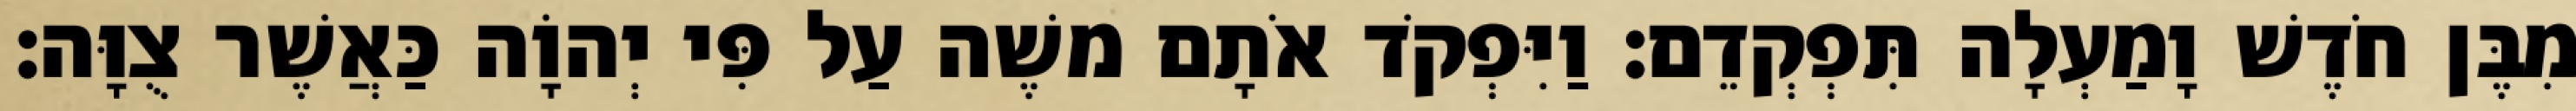
מִבֶּן חֹדֶשׁ וָמַעְלָה תִּפְקְדֵם׃ וַיִּפְקֹד אֹתָם משֶׁה עַל פִּי יְהוָֹה כַּאֲשֶׁר צֻוָּה׃